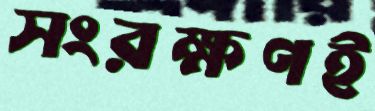
সংরক্ষণই